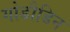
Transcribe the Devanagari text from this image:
गोडौडिन